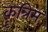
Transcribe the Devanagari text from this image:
कॄत्रिम